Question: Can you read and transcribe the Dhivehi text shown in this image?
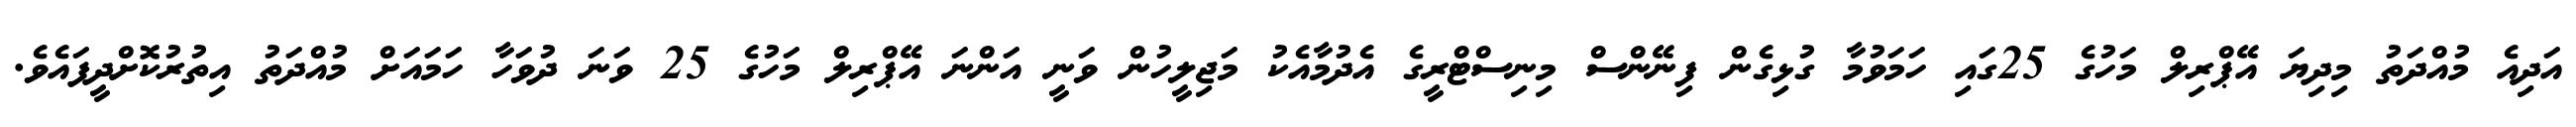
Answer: އަދިއެ މުއްދަތު މިދިޔަ އޭޕްރިލް މަހުގެ 25ގައި ހަމަވުމާ ގުޅިގެން ފިނޭންސް މިނިސްޓްރީގެ އެދުމާއެކު މަޖިލީހުން ވަނީ އަންނަ އޭޕްރިލް މަހުގެ 25 ވަނަ ދުވަހާ ހަމައަށް މުއްދަތު އިތުރުކޮށްދީފައެވެ.